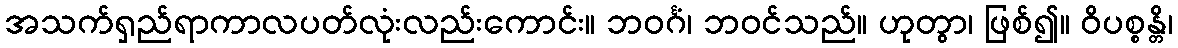
အသက်ရှည်ရာကာလပတ်လုံးလည်းကောင်း။ ဘဝင်္ဂံ၊ ဘဝင်သည်။ ဟုတွာ၊ ဖြစ်၍။ ဝိပစ္စန္တိ၊